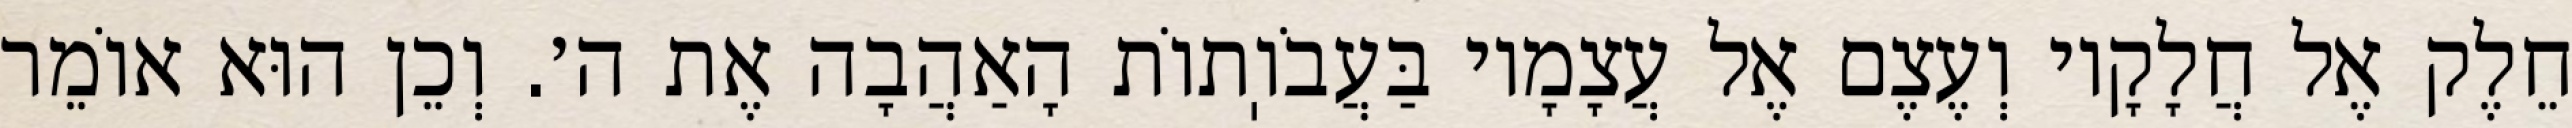
חֵלֶק אֶל חֲלָקָיו וְעֶצֶם אֶל עֲצָמָיו בַּעֲבֹוֽתוֹת הָאַהֲבָה אֶת ה׳. וְכֵן הוּא אוֹמֵר